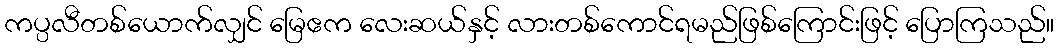
ကပ္ပလီတစ်ယောက်လျှင် မြေဧက လေးဆယ်နှင့် လားတစ်ကောင်ရမည်ဖြစ်ကြောင်းဖြင့် ပြောကြသည်။